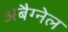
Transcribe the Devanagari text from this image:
अबैग्नेल